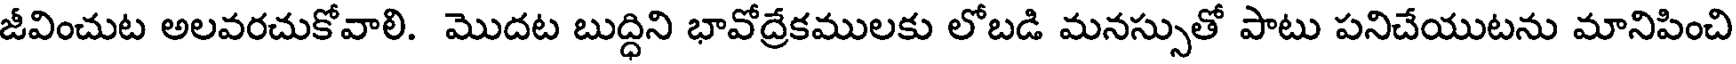
జీవించుట అలవరచుకోవాలి. మొదట బుద్ధిని భావోద్రేకములకు లోబడి మనస్సుతో పాటు పనిచేయుటను మానిపించి